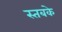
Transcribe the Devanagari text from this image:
स्तबके